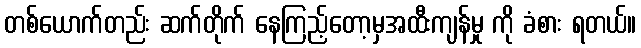
တစ်ယောက်တည်း ဆက်တိုက် နေကြည့်တော့မှအထီးကျန်မှု ကို ခံစား ရတယ်။